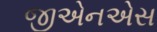
જીએનએસ